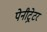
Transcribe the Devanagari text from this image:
पेनीट्रेटर